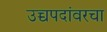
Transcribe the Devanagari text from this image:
उच्चपदांवरचा